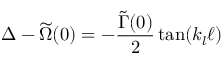
\Delta - \widetilde \Omega ( 0 ) = - \frac { \widetilde \Gamma ( 0 ) } { 2 } \tan ( k _ { l } \ell )